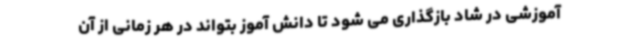
آموزشی در شاد بازگذاری می شود تا دانش آموز بتواند در هر زمانی از آن